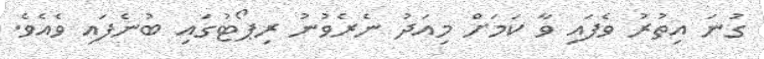
ގުނަ އިތުރު ވެފައި ވާ ކަމަށް މިއަދު ނެރެވުނު ރިޕޯޓުގައި ބުނެފައި ވެއެވެ.